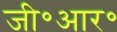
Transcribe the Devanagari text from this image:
जी॰आर॰